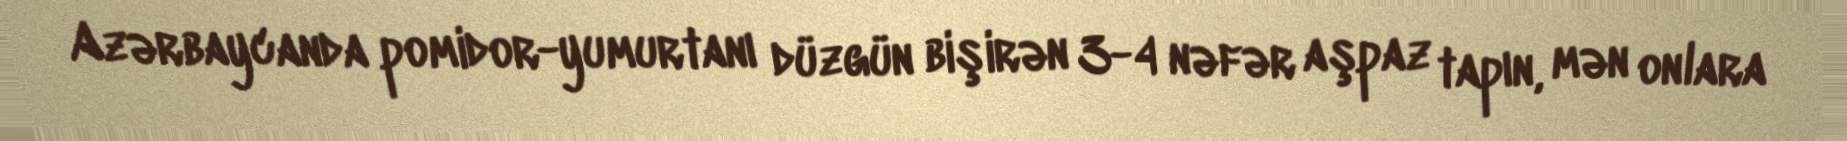
Azərbaycanda pomidor-yumurtanı düzgün bişirən 3-4 nəfər aşpaz tapın, mən onlara